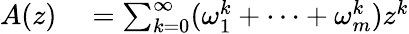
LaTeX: \begin{array}{rl}{A(z)}&{{}=\sum_{k=0}^{\infty}(\omega_{1}^{k}+\cdots+\omega_{m}^{k})z^{k}}\end{array}